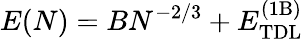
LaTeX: E(N)=BN^{-2/3}+E_{\mathrm{TDL}}^{\mathrm{(1B)}}